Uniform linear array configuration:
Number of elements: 64
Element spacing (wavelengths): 0.25
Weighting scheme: binomial
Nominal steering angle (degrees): -60
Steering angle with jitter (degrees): -60.026
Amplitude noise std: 0.05
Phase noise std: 0.05

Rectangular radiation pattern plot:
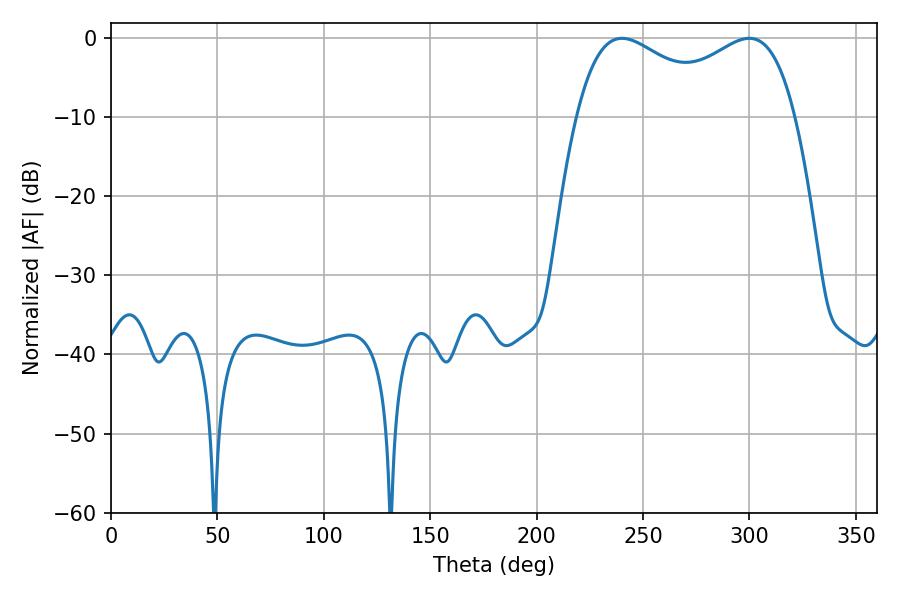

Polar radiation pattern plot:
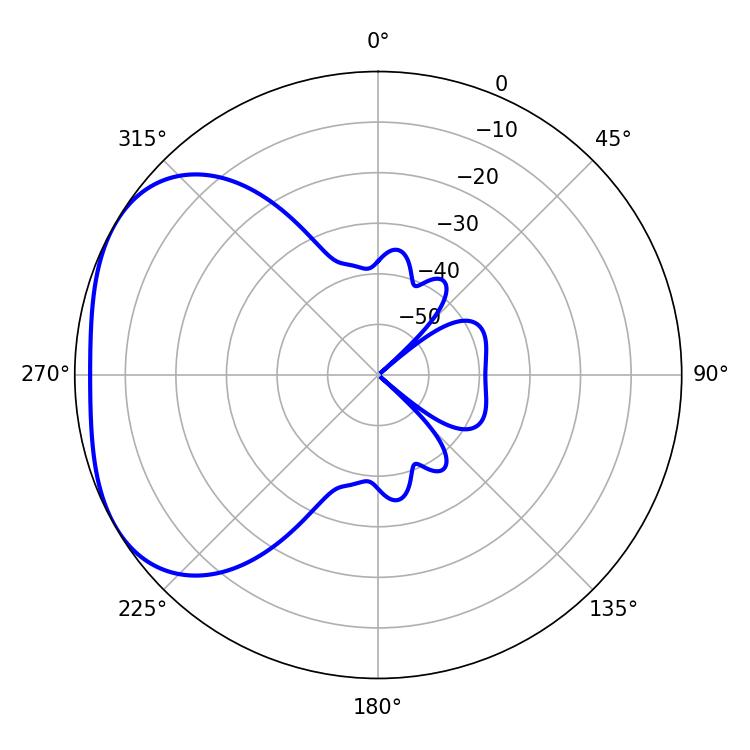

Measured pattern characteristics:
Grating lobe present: FALSE
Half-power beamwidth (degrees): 40.5
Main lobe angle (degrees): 240.12